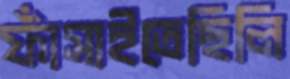
ফাঁসাইতেছিলি